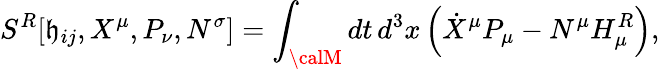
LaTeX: {}S^{R}[\mathfrak{h}_{ij},X^{\mu},P_{\nu},N^{\sigma}]=\int_{\calM}dt\, d^{3}x\left(\dot{{X}}^{\mu}P_{\mu}-N^{\mu}H_{\mu}^{R}\right),